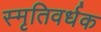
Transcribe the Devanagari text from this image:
स्मृतिवर्धक